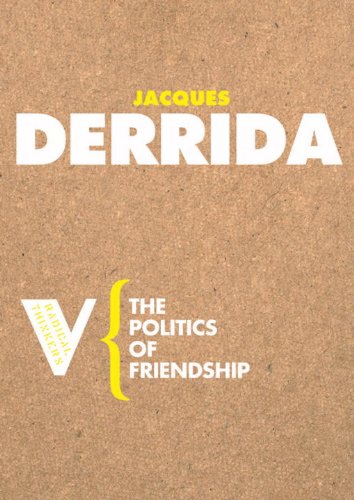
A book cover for The Politics of Friendship (Radical Thinkers); Jacques Derrida; Self-Help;